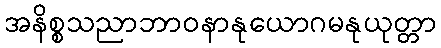
အနိစ္စသညာဘာဝနာနုယောဂမနုယုတ္တာ